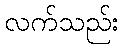
လက်သည်း